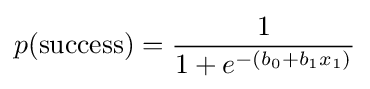
p({\text{success}})={\frac {1}{1+e^{-(b_{0}+b_{1}x_{1})}}}